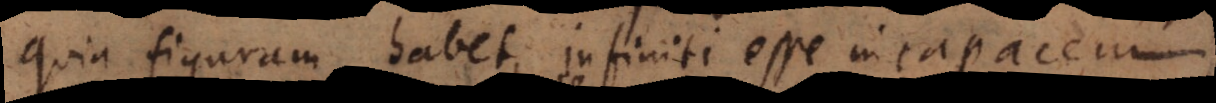
quia figuram habet, infiniti esse incapacem,